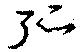
弧